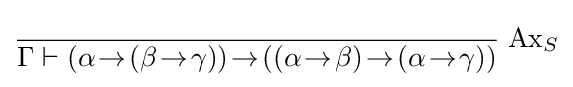
{\frac {}{\Gamma \vdash (\alpha \!\rightarrow \!(\beta \!\rightarrow \!\gamma ))\!\rightarrow \!((\alpha \!\rightarrow \!\beta )\!\rightarrow \!(\alpha \!\rightarrow \!\gamma ))}}\;{\text{Ax}}_{S}